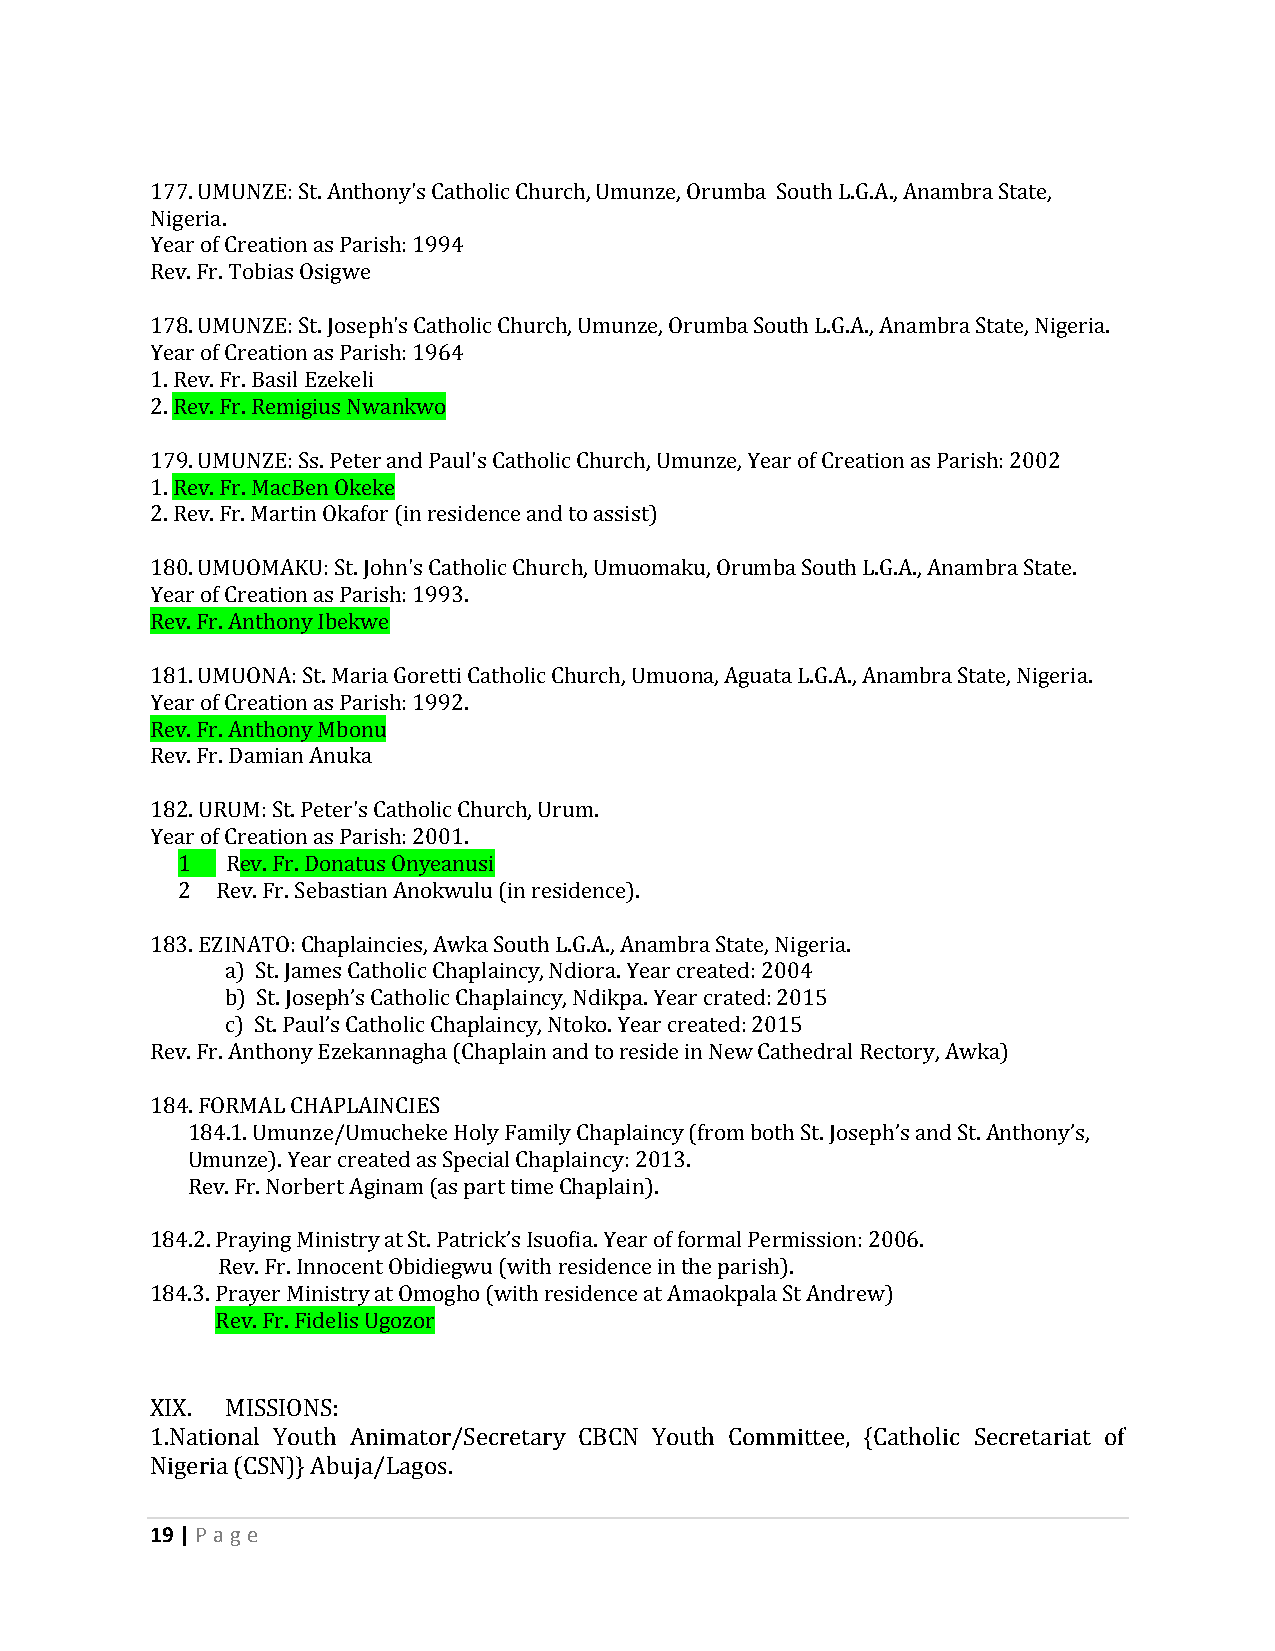
177. UMUNZE: St. Anthony's Catholic Church, Umunze, Orumba South L.G.A., Anambra State,
 Nigeria.
 Year of Creation as Parish: 1994
 Rev. Fr. Tobias Osigwe
 178. UMUNZE: St. Joseph's Catholic Church, Umunze, Orumba South L.G.A., Anambra State, Nigeria.
 Year of Creation as Parish: 1964
 1. Rev. Fr. Basil Ezekeli
 2. Rev. Fr. Remigius Nwankwo
 179. UMUNZE: Ss. Peter and Paul's Catholic Church, Umunze, Year of Creation as Parish: 2002
 1. Rev. Fr. MacBen Okeke
 2. Rev. Fr. Martin Okafor (in residence and to assist)
 180. UMUOMAKU: St. John's Catholic Church, Umuomaku, Orumba South L.G.A., Anambra State.
 Year of Creation as Parish: 1993.
 Rev. Fr. Anthony Ibekwe
 181. UMUONA: St. Maria Goretti Catholic Church, Umuona, Aguata L.G.A., Anambra State, Nigeria.
 Year of Creation as Parish: 1992.
 Rev. Fr. Anthony Mbonu
 Rev. Fr. Damian Anuka
 182. URUM: St. Peter's Catholic Church, Urum.
 Year of Creation as Parish: 2001.
 1  Rev. Fr. Donatus Onyeanusi
 2 Rev. Fr. Sebastian Anokwulu (in residence).
 183. EZINATO: Chaplaincies, Awka South L.G.A., Anambra State, Nigeria.
 a) St. James Catholic Chaplaincy, Ndiora. Year created: 2004
 b) St. Joseph’s Catholic Chaplaincy, Ndikpa. Year crated: 2015
 c) St. Paul’s Catholic Chaplaincy, Ntoko. Year created: 2015
 Rev. Fr. Anthony Ezekannagha (Chaplain and to reside in New Cathedral Rectory, Awka)
 184. FORMAL CHAPLAINCIES
 184.1. Umunze/Umucheke Holy Family Chaplaincy (from both St. Joseph’s and St. Anthony’s,
 Umunze). Year created as Special Chaplaincy: 2013.
 Rev. Fr. Norbert Aginam (as part time Chaplain).
 184.2. Praying Ministry at St. Patrick’s Isuofia. Year of formal Permission: 2006.
 Rev. Fr. Innocent Obidiegwu (with residence in the parish).
 184.3. Prayer Ministry at Omogho (with residence at Amaokpala St Andrew)
 Rev. Fr. Fidelis Ugozor
 XIX. MISSIONS:
 1.National Youth Animator/Secretary CBCN Youth Committee, {Catholic Secretariat of
 Nigeria (CSN)} Abuja/Lagos.
 19 | P age